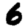
Digit: 6